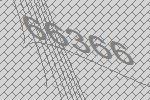
66366